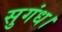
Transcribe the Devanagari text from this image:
सुगंध।